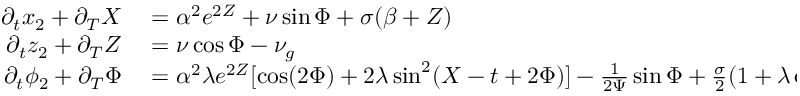
\begin{array} { r l } { \partial _ { t } x _ { 2 } + \partial _ { T } X } & { { } = \alpha ^ { 2 } e ^ { 2 Z } + \nu \sin \Phi + \sigma ( \beta + Z ) } \\ { \partial _ { t } z _ { 2 } + \partial _ { T } Z } & { { } = \nu \cos \Phi - \nu _ { g } } \\ { \partial _ { t } \phi _ { 2 } + \partial _ { T } \Phi } & { { } = \alpha ^ { 2 } \lambda e ^ { 2 Z } [ \cos ( 2 \Phi ) + 2 \lambda \sin ^ { 2 } ( X - t + 2 \Phi ) ] - \frac { 1 } { 2 \Psi } \sin \Phi + \frac { \sigma } { 2 } ( 1 + \lambda \cos 2 \Phi ) . } \end{array}